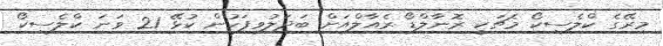
މިރޭގެ ކްލެސިކޯ މެޗަކީ ރޮނާލްޑޯ ރެއާލްއަށް ބަދަލުވިފަހުން ކުޅޭ 21 ވަނަ ކްލެސިކޯ